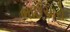
ભાઈચારો